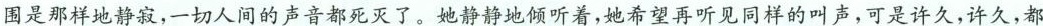
围是那样地静寂，一切人间的声音都死灭了。她静静地倾听着，她希望再听见同样的叫声，可是许久，许久，都